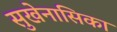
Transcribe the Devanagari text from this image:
सुखेनासिका